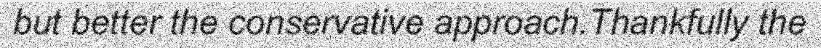
but better the conservative approach.Thankfully the